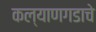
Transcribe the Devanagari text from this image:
कल्याणगडाचे